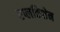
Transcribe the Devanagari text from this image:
एप्लकिशेन